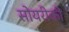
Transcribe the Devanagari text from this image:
सोयरीकी